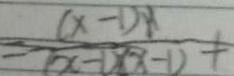
= \frac { ( x - 1 ) x } { ( x - 1 ) ( x - 1 ) } +